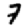
Digit: 7